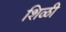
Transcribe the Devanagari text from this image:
शिळी